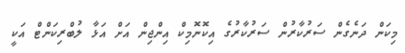
މިކަން ދަނެގެން ސަރުކާރުން ސަރުކާރުގެ އިކޮނޮމިކް އިންޖިން އަށް އަޅާ ލުބްރިކަންޓް އަކީ